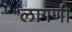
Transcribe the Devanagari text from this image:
लागणी